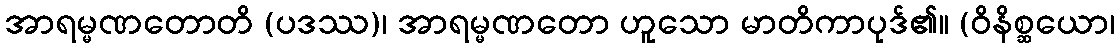
အာရမ္မဏတောတိ (ပဒဿ)၊ အာရမ္မဏတော ဟူသော မာတိကာပုဒ်၏။ (ဝိနိစ္ဆယော၊